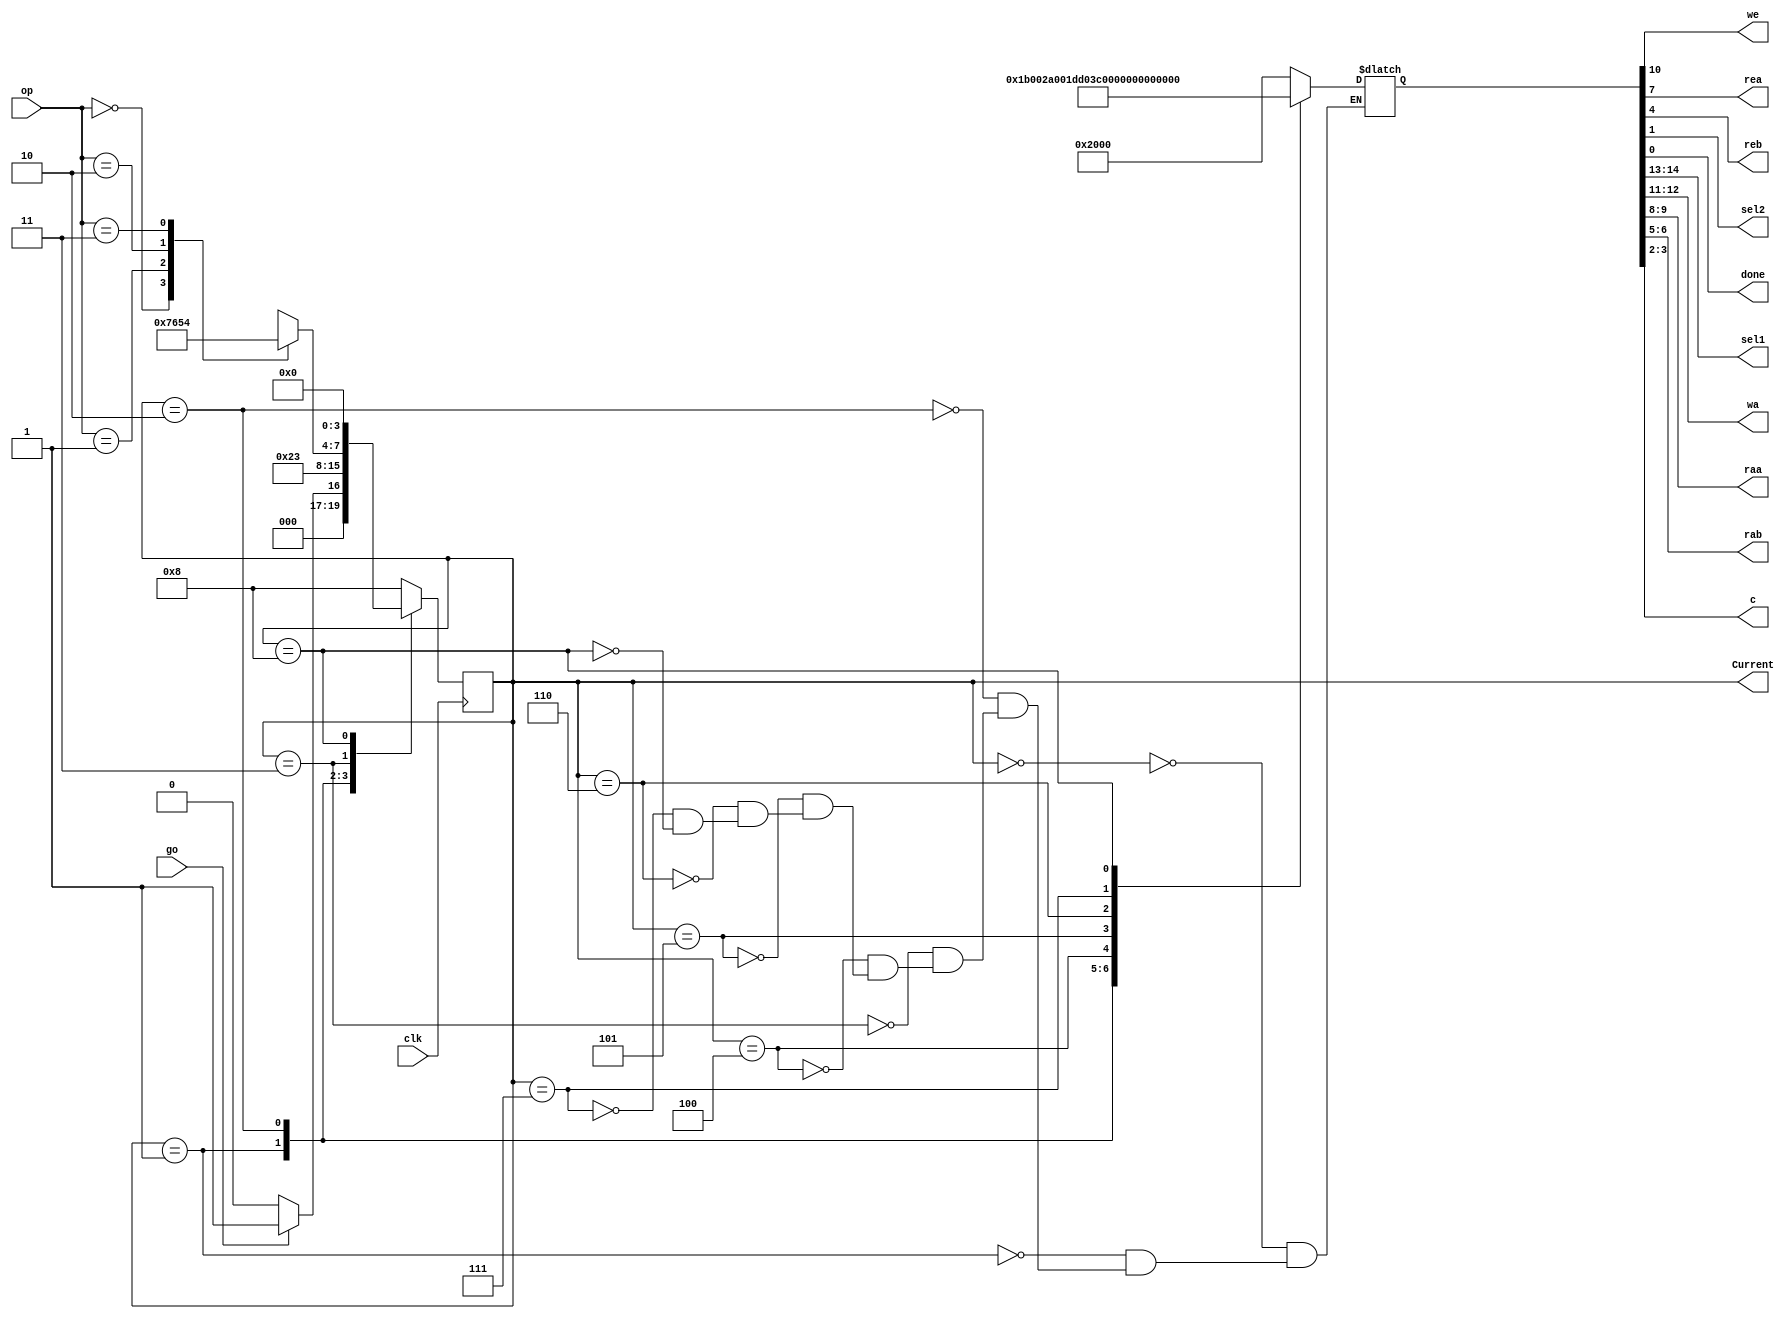
`timescale 1ns / 1ps
//////////////////////////////////////////////////////////////////////////////////
// Company: 
// Engineer: 
// 
// Design Name: 
// Module Name: Calc_CU
// Project Name: 
// Target Devices: 
// Tool Versions: 
// Description: 
// 
// Dependencies: 
// 
// Revision:
// Revision 0.01 - File Created
// Additional Comments:
// 
//////////////////////////////////////////////////////////////////////////////////


module Calc_CU_simple(
	input clk, go,
	input [1:0] op,
	output reg we, rea, reb, sel2, done,
	output reg [1:0] sel1, wa, raa, rab, c,
	output [3:0] Current);

parameter IDLE = 4'b0000, LD1= 4'b0001, LD2= 4'b0010, WAIT=4'b0011, ADD=4'b0100, SUB=4'b0101, AND=4'b0110, XOR=4'b0111, END=4'b1000;

reg [3:0] CS, NS;
reg [14:0] CTRL;

assign Current=CS;

initial begin
CS=4'b0;
end

always@(CS,go,op) begin
		case(CS)
		IDLE: begin 
		          if (go)  NS=LD1;
				  else  NS=IDLE; 
		      end
		LD1: NS=LD2;
		LD2: NS=WAIT;
		WAIT: begin
				case(op)
				2'b00: NS=XOR;
				2'b01: NS=AND;
				2'b10: NS=SUB;
				2'b11: NS=ADD;
				endcase
			  end
		END: NS=IDLE;
		default:NS=END;
		endcase
		end

always@(posedge clk) begin
	CS<=NS;
end

always@(CS)begin
	case(CS)
		IDLE: CTRL=15'b010000000000000;
		LD1:  CTRL=15'b110110000000000;
		LD2:  CTRL=15'b101010000000000;
		WAIT: CTRL=15'b010000000000000;
		ADD:  CTRL=15'b001110111010000;
		SUB:  CTRL=15'b001110111010100;
		AND:  CTRL=15'b001110111011000;
		XOR:  CTRL=15'b001110111011100;
		END:  CTRL=15'b010001111111011;
	endcase
end

always@(CTRL)begin
	sel1= CTRL[14:13];
	wa=   CTRL[12:11];
	we=   CTRL[10];
	raa=  CTRL[9:8];
	rea=  CTRL[7];
	rab=  CTRL[6:5];
	reb=  CTRL[4];
	c=    CTRL[3:2];
	sel2= CTRL[1];
	done= CTRL[0];
end
 
endmodule